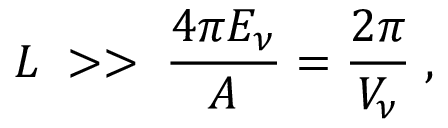
L \; > > \; \frac { 4 \pi E _ { \nu } } { A } = \frac { 2 \pi } { V _ { \nu } } \; ,